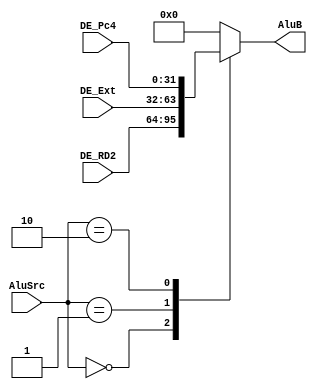
/*
1MUXalwaysreg
*/
`timescale 1ns / 1ps
// mux for ALU b
module MUX_AluSrc(AluSrc,DE_RD2,DE_Ext,DE_Pc4,AluB);
	input [1:0] AluSrc;
	input [31:0] DE_RD2;
	input [31:0] DE_Ext;
	input [31:0] DE_Pc4;
	output reg [31:0] AluB;
	
	always @(*)begin
		case(AluSrc)
			0:AluB = DE_RD2;
			1:AluB = DE_Ext;
			2:AluB = DE_Pc4;
			default:AluB = 0;
		endcase
	end

endmodule

// mux for GRF write address selection when WB
module MUX_WaSel(WaSel,MW_IRRt,MW_IRRd,WA);
	input [1:0] WaSel;
	input [4:0] MW_IRRt;
	input [4:0] MW_IRRd;
	output reg [4:0] WA;
	
	always @(*)begin
		case(WaSel)
			0:WA = MW_IRRt;
			1:WA = MW_IRRd;
			2:WA = 31;
			default:WA = 0;
		endcase
	end
	
endmodule

// mux for GRF wirte data selection when WB
module MUX_WdSel(WdSel,MW_ALU,MW_MD,WD);
	input [1:0] WdSel;
	input [31:0] MW_ALU;
	input [31:0] MW_MD;
	output reg [31:0] WD;
	
	always @(*)begin
		case(WdSel)
			0:WD = MW_ALU;
			1:WD = MW_MD;
			default:WD = 0;
		endcase
	end
endmodule